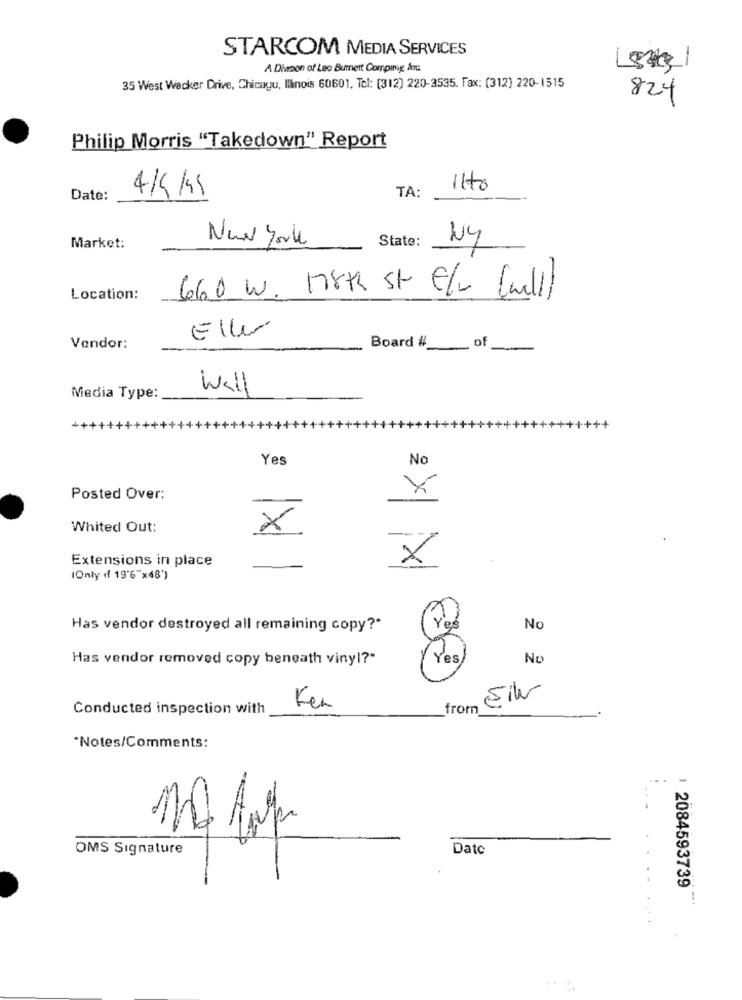
STARCOM MEDIA SERVICES
A Dirson of Leo Burnett Company In
35 West Wacker Drive, Chicagu, linois 60601, Tel: (312) 220-3535. Fax: (312) 220-1515
824
Philip Morris "Takedown" Report
TA:
11to
Date:
4/5ks
New York
State:
NY
Market:
Location:
660 W. 178k St E/w Cally
Eller
Vendor:
Board #_
____. of
Wall
Media Type:
Yes
No
Posted Over:
Whited Out:
x
Extensions in place
×
IOnly if 19'6"x48')
Has vendor destroyed all remaining copy ?*
Yes
No
Has vendor removed copy beneath vinyl?"
Yes
No
Conducted inspection with
Ken
from
*Notes/Comments:
OMS Signature
Date
1 2084593739